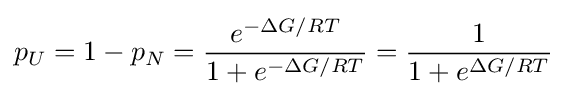
p_{U}=1-p_{N}={\frac {e^{-\Delta G/RT}}{1+e^{-\Delta G/RT}}}={\frac {1}{1+e^{\Delta G/RT}}}